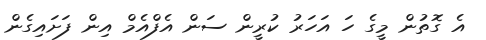
އެ ގޮތުން މީގެ ހަ އަހަރު ކުރީން ސަން އެފްއެމް އިން ފަށައިގެން